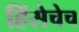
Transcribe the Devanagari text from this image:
हिंसेचेच